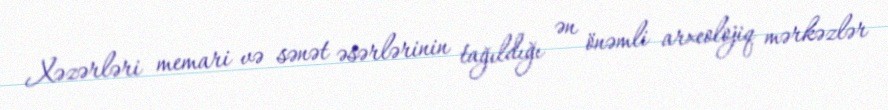
Xəzərləri memari və sənət əsərlərinin tağıldığı ən önəmli arxeolojiq mərkəzlər